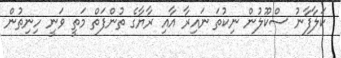
ކަލާފާނު ސްކޫލުން ނިކުތަ ނައިރާ އާއި ރާޔާގެ ތުންފަތް މަތީ ވަނީ ހިނިތުން